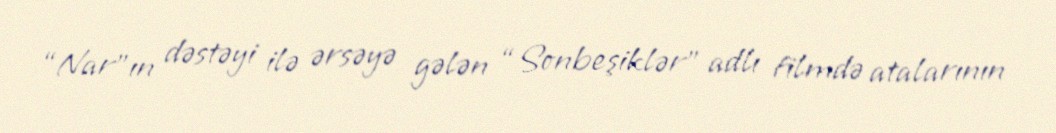
“Nar”ın dəstəyi ilə ərsəyə gələn “Sonbeşiklər” adlı filmdə atalarının